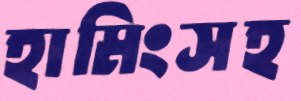
হামিংসহ